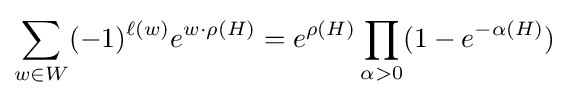
{\sum _{w\in W}(-1)^{\ell (w)}e^{w\cdot \rho (H)}=e^{\rho (H)}\prod _{\alpha >0}(1-e^{-\alpha (H)})}